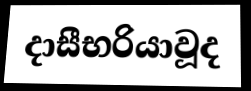
දාසීභරියාවූද